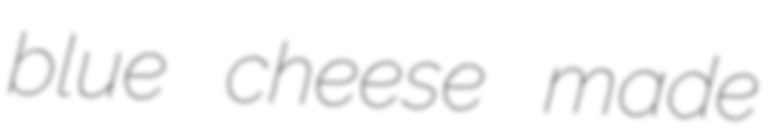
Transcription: blue cheese made